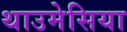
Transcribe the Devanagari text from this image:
थाउमेसिया